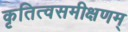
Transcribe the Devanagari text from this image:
कृतित्वसमीक्षणम्